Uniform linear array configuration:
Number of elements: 16
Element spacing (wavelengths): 0.5
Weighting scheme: exponential
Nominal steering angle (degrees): -45
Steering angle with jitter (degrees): -45.681
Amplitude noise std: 0.05
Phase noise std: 0.05

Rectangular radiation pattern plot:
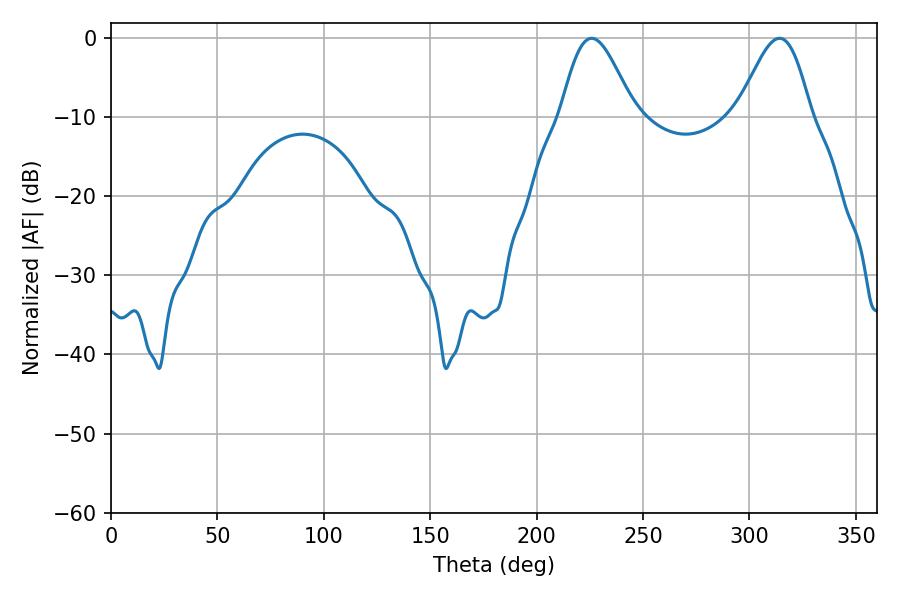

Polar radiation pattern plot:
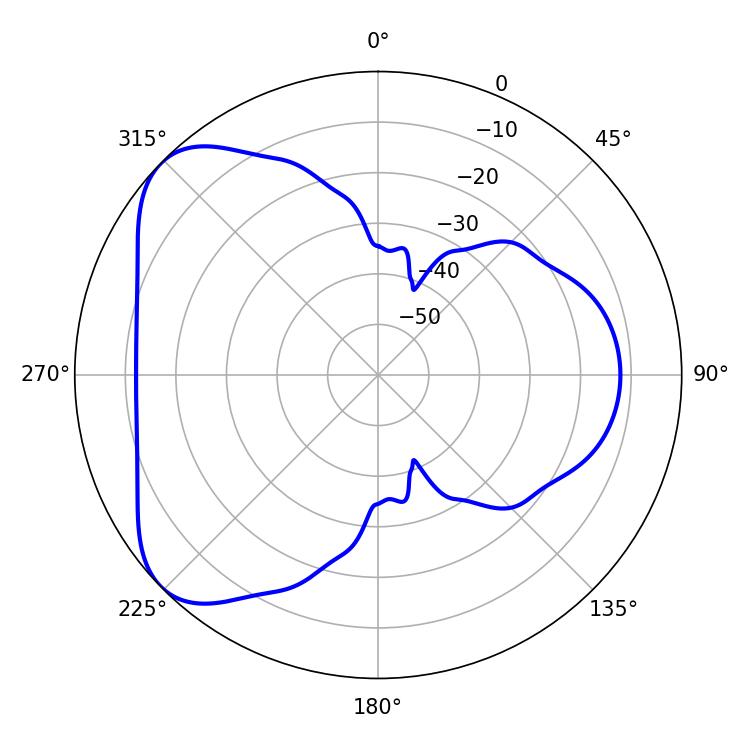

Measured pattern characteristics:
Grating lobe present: FALSE
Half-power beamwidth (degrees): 18.18
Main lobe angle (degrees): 225.9